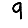
Digit: 9